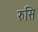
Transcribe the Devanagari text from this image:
रुसि